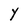
Character: Y